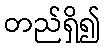
တည်ရှိ၍